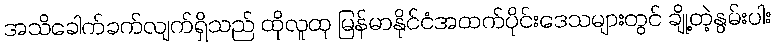
အသိခေါက်ခက်လျက်ရှိသည် ထိုလူထု မြန်မာနိုင်ငံအထက်ပိုင်းဒေသများတွင် ချို့တဲ့နွမ်းပါး